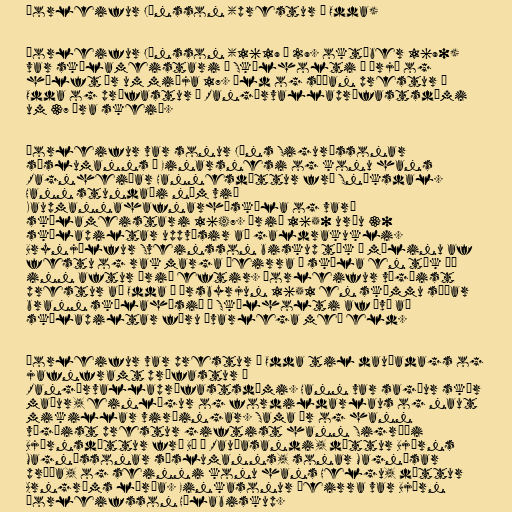
Þorleifur Jónsson (prestur í Odda)

Þorleifur Jónsson (1619 – 29. október 1690)
var skólameistari í Skálholti í þrjú og
hálft ár um miðja 17. öld og síðan prestur í
Odda og prófastur í Rangárvallaprófastsdæmi
um 37 ára skeið.

Þorleifur var sonur Jóns Sigurðssonar
sýslumanns í Einarsnesi og konu hans
Ragnheiðar Hannesdóttur frá Snóksdal.
Hann stundaði nám við
Kaupmannahafnarháskóla og varð
skólameistari 1647. Árið 1650 urðu 30
skólapiltar uppvísir að galdrakukli.
Brynjólfur Sveinsson biskup tók á málinu af
festu og rak marga þeirra í skóla en tók þá
inn aftur árið eftir. Þorleifur vígðist
prestur að Odda í ársbyrjun 1651 en skömmu síðar
brann skólahúsið í Skálholti af því að
skólapiltar fóru óvarlega með eld.

Þorleifur var prestur í Odda til dauðadags og
jafnframt prófastur í
Rangárvallaprófastsdæmi. Hann var sagður skýr
maður, einlægur og fordildarlaus og naut
mikillar virðingar. Sama ár og hann
vígðist prestur giftist hann Sigríði
Björnsdóttur frá Bæ á Rauðasandi, dóttur Björns
Magnússonar sýslumanns, sonar Magnúsar
prúða, og seinni konu hans Helgu, dóttur
Arngríms lærða. Einkasonur þeirra var Björn
Þorleifsson Hólabiskup.